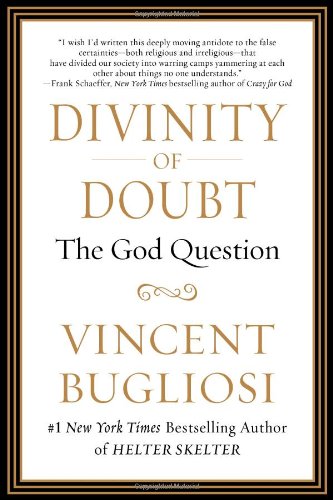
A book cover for Divinity of Doubt: The God Question; Vincent Bugliosi; Religion & Spirituality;